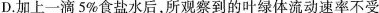
D.加上一滴5%食盐水后，所观察到的叶绿体流动速率不受